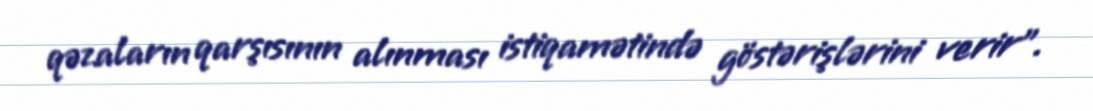
qəzaların qarşısının alınması istiqamətində göstərişlərini verir”.